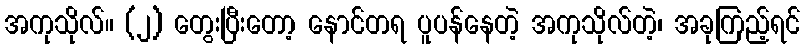
အကုသိုလ်။ (၂) တွေးပြီးတော့ နောင်တရ ပူပန်နေတဲ့ အကုသိုလ်တဲ့၊ အခုကြည့်ရင်